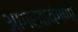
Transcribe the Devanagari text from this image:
आगरवायंगणी